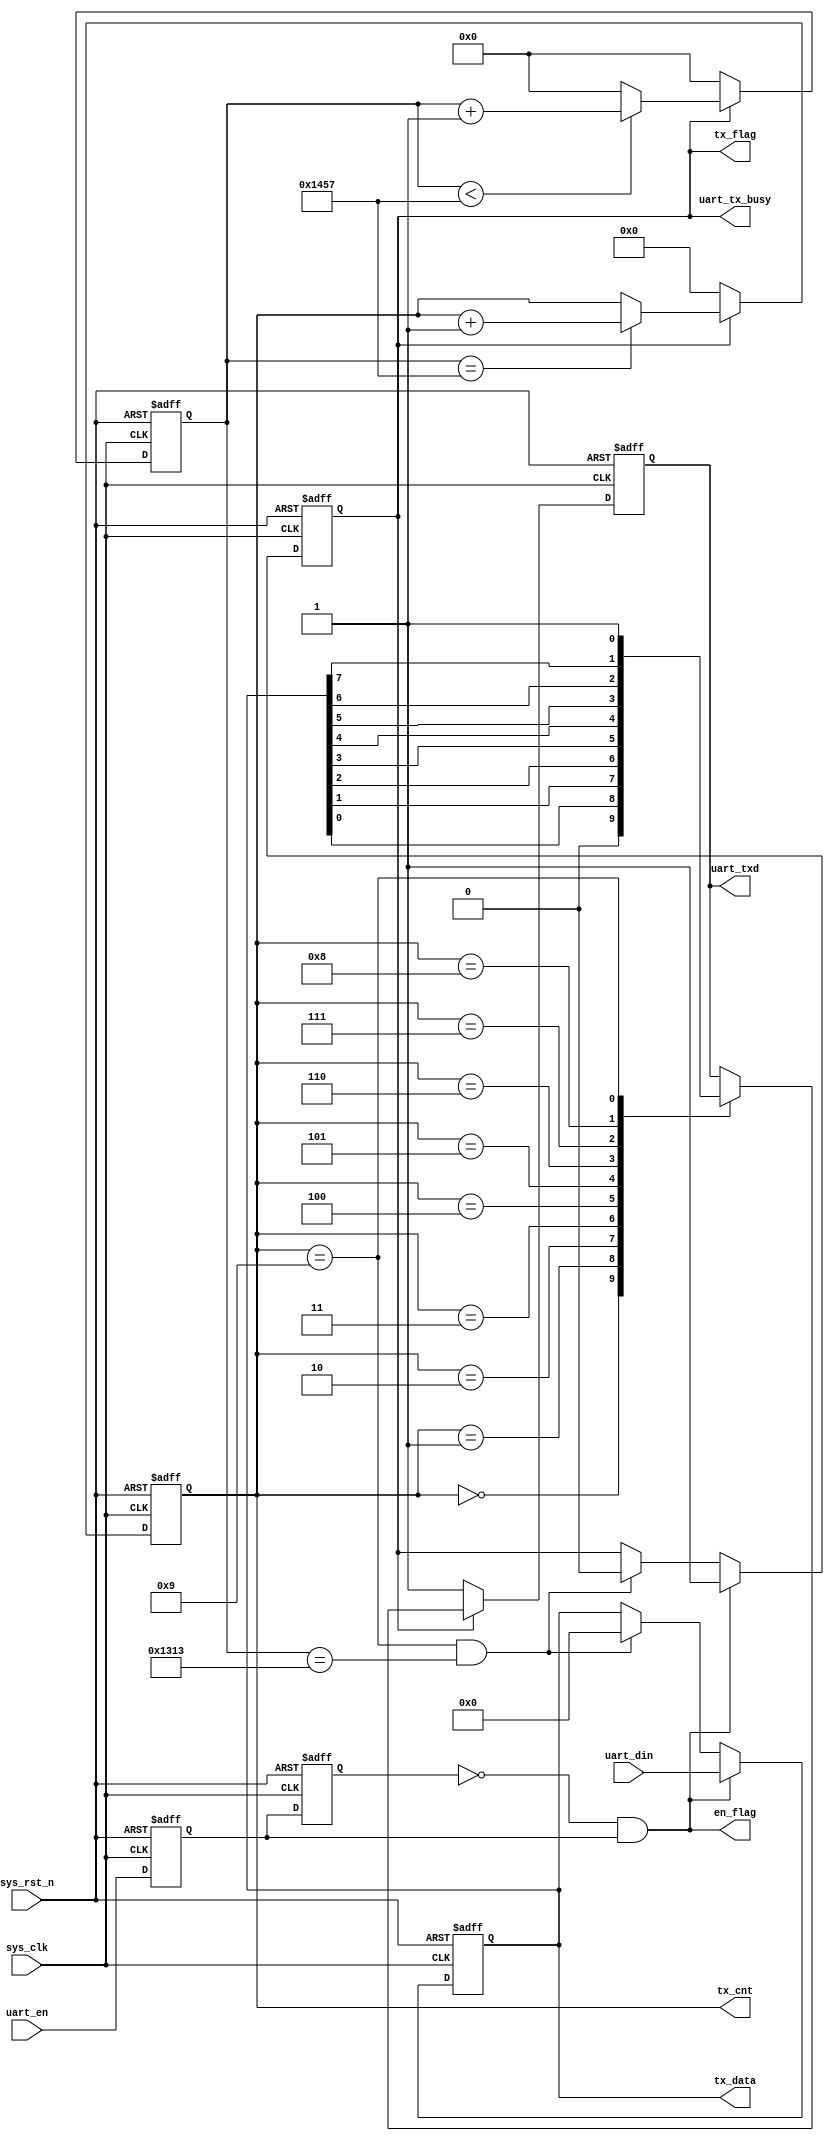
//****************************************Copyright (c)***********************************//
//www.yuanzige.com
//www.openedv.com
//http://openedv.taobao.com 
//""ZYNQ & FPGA & STM32 & LINUX
//
//Copyright(C)  2018-2028
//All rights reserved	                               
//----------------------------------------------------------------------------------------
// File name:           uart_send
// Last modified Date:  2019/10/9 10:07:36
// Last Version:        V1.1
// Descriptions:        UART
//----------------------------------------------------------------------------------------
// Created by:          
// Created date:        2019/10/9 10:07:36
// Version:             V1.0
// Descriptions:        The original version
//
//----------------------------------------------------------------------------------------
//****************************************************************************************//

module uart_send(
    input	           sys_clk,             //
    input              sys_rst_n,           //
    
    input              uart_en,             //
    input       [ 7:0] uart_din,            //
    output             uart_tx_busy,        // 
    output             en_flag     ,
    output  reg        tx_flag,             //
    output  reg [ 7:0] tx_data,             //
    output  reg [ 3:0] tx_cnt,              //
    output  reg        uart_txd             //UART
    );
    
//parameter define
parameter  CLK_FREQ = 50000000;             //
parameter  UART_BPS = 9600;                 //
localparam  BPS_CNT  = CLK_FREQ/UART_BPS;   //BPS_CNT

//reg define
reg        uart_en_d0; 
reg        uart_en_d1;  
reg [15:0] clk_cnt;                           //

//*****************************************************
//**                    main code
//*****************************************************
//
assign uart_tx_busy = tx_flag;

//uart_en
assign en_flag = (~uart_en_d1) & uart_en_d0;

//uart_en
always @(posedge sys_clk or negedge sys_rst_n) begin         
    if (!sys_rst_n) begin
        uart_en_d0 <= 1'b0;                                  
        uart_en_d1 <= 1'b0;
    end                                                      
    else begin                                               
        uart_en_d0 <= uart_en;                               
        uart_en_d1 <= uart_en_d0;                            
    end
end

//en_flag,          
always @(posedge sys_clk or negedge sys_rst_n) begin         
    if (!sys_rst_n) begin                                  
        tx_flag <= 1'b0;
        tx_data <= 8'd0;
    end 
    else if (en_flag) begin                 //                      
            tx_flag <= 1'b1;                //tx_flag
            tx_data <= uart_din;            //
        end
                                            //
        else if ((tx_cnt == 4'd9) && (clk_cnt == BPS_CNT - (BPS_CNT/16))) begin                                       
            tx_flag <= 1'b0;                //tx_flag
            tx_data <= 8'd0;
        end
        else begin
            tx_flag <= tx_flag;
            tx_data <= tx_data;
        end 
end

//
always @(posedge sys_clk or negedge sys_rst_n) begin         
    if (!sys_rst_n)                             
        clk_cnt <= 16'd0;                                  
    else if (tx_flag) begin                 //
        if (clk_cnt < BPS_CNT - 1)
            clk_cnt <= clk_cnt + 1'b1;
        else
            clk_cnt <= 16'd0;               //
    end
    else                             
        clk_cnt <= 16'd0; 				        //
end

//
always @(posedge sys_clk or negedge sys_rst_n) begin         
    if (!sys_rst_n)                             
        tx_cnt <= 4'd0;
    else if (tx_flag) begin               //
        if (clk_cnt == BPS_CNT - 1)			//
            tx_cnt <= tx_cnt + 1'b1;		//1
        else
            tx_cnt <= tx_cnt;       
    end
    else                              
        tx_cnt  <= 4'd0;				    //
end

//uart
always @(posedge sys_clk or negedge sys_rst_n) begin        
    if (!sys_rst_n)  
        uart_txd <= 1'b1;        
    else if (tx_flag)
        case(tx_cnt)
            4'd0: uart_txd <= 1'b0;         // 
            4'd1: uart_txd <= tx_data[0];   //
            4'd2: uart_txd <= tx_data[1];
            4'd3: uart_txd <= tx_data[2];
            4'd4: uart_txd <= tx_data[3];
            4'd5: uart_txd <= tx_data[4];
            4'd6: uart_txd <= tx_data[5];
            4'd7: uart_txd <= tx_data[6];
            4'd8: uart_txd <= tx_data[7];   //
            4'd9: uart_txd <= 1'b1;         //
            default: ;
        endcase
    else 
        uart_txd <= 1'b1;                   //
end

endmodule